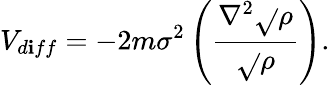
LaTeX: V_{d\mathbf{i}ff}=-2m\sigma^{2}\left(\frac{{\nabla^{2}\sqrt{}{{\rho}}}}{{\sqrt{}{{\rho}}}}\right).